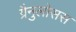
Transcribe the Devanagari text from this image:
ग्रैनुलोसस